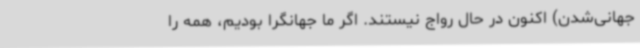
جهانی‌شدن) اکنون در حال رواج نیستند. اگر ما جهانگرا بودیم، همه را